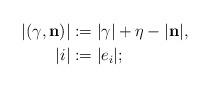
LaTeX: \begin{align*}|(\gamma,\mathbf{n})| &:= |\gamma| + \eta - |\mathbf{n}|,\\|i| &:= |e_i|;\end{align*}